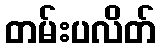
တမ်းပလိတ်